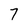
Character: 7